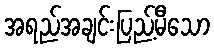
အရည်အချင်းပြည့်မီသော